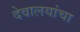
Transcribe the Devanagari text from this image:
देवालयांचा